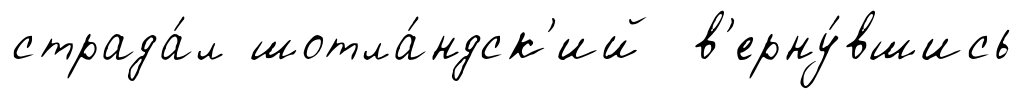
страда́л шотла́ндск'ий в'ерну́вшись